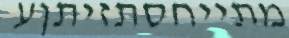
מתייחסתזיתןע